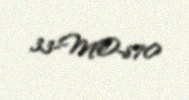
33-MO-870